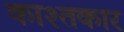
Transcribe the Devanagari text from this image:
काश्‍तकार